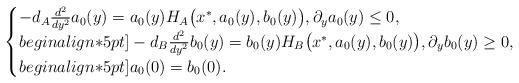
LaTeX: \begin{align*}\begin{cases}-d_A\frac{d^2}{dy^2}a_0(y) = a_0(y)H_A\big(x^*,a_0(y),b_0(y)\big),\partial_ya_0(y) \leq 0, \\begin{align*}5pt]-d_B\frac{d^2}{dy^2}b_0(y) = b_0(y)H_B\big(x^*,a_0(y),b_0(y)\big), \partial_yb_0(y) \geq 0, \\begin{align*}5pt] a_0(0) =b_0(0).\end{cases}\end{align*}